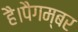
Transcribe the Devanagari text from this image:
है।पैगम्बर